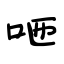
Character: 咂